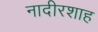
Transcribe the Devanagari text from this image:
नादीरशाह